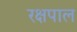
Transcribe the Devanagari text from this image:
रक्षपाल